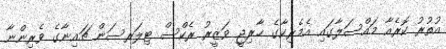
އުތުރު ކޮރެއާ މައްސަލާގައި އެމެރިކާގެ ޚާރިޖީ ވަޒީރު ރެކްސް ޓިލަރސަން ޗައިނާގެ ވެރިންނާ